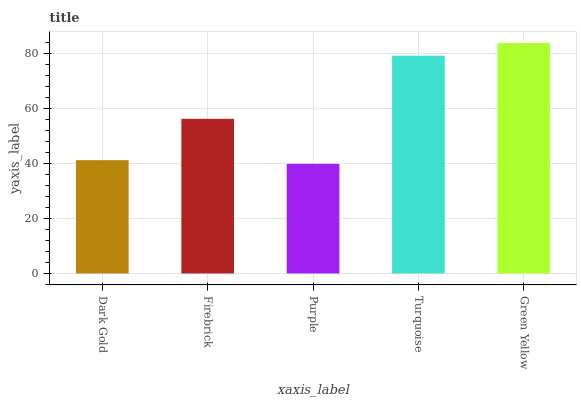
| xaxis_label | bars |
 | --- | --- |
 | Dark Gold | 41.2 |
 | Firebrick | 56.2 |
 | Purple | 39.8 |
 | Turquoise | 79.1 |
 | Green Yellow | 83.8 |